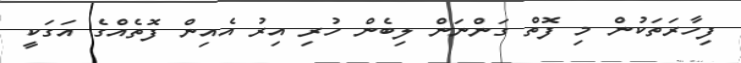
ފިހާރަތަކުން މި ފޮތް ގަންނަން ލިބެން ހުރި އިރު އެއިން ފޮތެއްގެ އަގަކީ